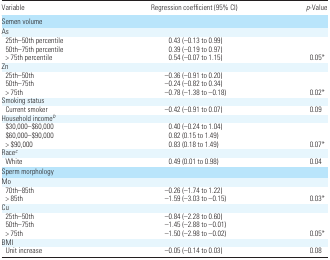
<table><thead><tr><td><b>Variable</b></td><td><b>Regression coefficient (95% CI)</b></td><td><b><i>p</i>-Value</b></td></tr></thead><tbody><tr><td colspan="3">Semen volume</td></tr><tr><td colspan="3">As</td></tr><tr><td> 25th–50th percentile</td><td>0.43 (−0.13 to 0.99)</td><td></td></tr><tr><td> 50th–75th percentile</td><td>0.39 (−0.19 to 0.97)</td><td></td></tr><tr><td> &gt; 75th percentile</td><td>0.54 (−0.07 to 1.15)</td><td>0.05*</td></tr><tr><td colspan="3">Zn</td></tr><tr><td> 25th–50th</td><td>−0.36 (−0.91 to 0.20)</td><td></td></tr><tr><td> 50th–75th</td><td>−0.24 (−0.82 to 0.34)</td><td></td></tr><tr><td> &gt; 75th</td><td>−0.78 (−1.38 to −0.18)</td><td>0.02*</td></tr><tr><td colspan="3">Smoking status</td></tr><tr><td> Current smoker</td><td>−0.42 (−0.91 to 0.07)</td><td>0.09</td></tr><tr><td colspan="3">Household incomeb</td></tr><tr><td> $30,000–$60,000</td><td>0.40 (−0.24 to 1.04)</td><td></td></tr><tr><td> $60,000–$90,000</td><td>0.82 (0.15 to 1.49)</td><td></td></tr><tr><td> &gt; $90,000</td><td>0.83 (0.18 to 1.49)</td><td>0.07*</td></tr><tr><td colspan="3">Racec</td></tr><tr><td> White</td><td>0.49 (0.01 to 0.98)</td><td>0.04</td></tr><tr><td colspan="3">Sperm morphology</td></tr><tr><td colspan="3">Mo</td></tr><tr><td> 70th–85th</td><td>−0.26 (−1.74 to 1.22)</td><td></td></tr><tr><td> &gt; 85th</td><td>−1.59 (−3.03 to −0.15)</td><td>0.03*</td></tr><tr><td colspan="3">Cu</td></tr><tr><td> 25th–50th</td><td>−0.84 (−2.28 to 0.60)</td><td></td></tr><tr><td> 50th–75th</td><td>−1.45 (−2.88 to −0.01)</td><td></td></tr><tr><td> &gt; 75th</td><td>−1.50 (−2.98 to −0.02)</td><td>0.05*</td></tr><tr><td colspan="3">BMI</td></tr><tr><td> Unit increase</td><td>−0.05 (−0.14 to 0.03)</td><td>0.08</td></tr></tbody></table>